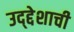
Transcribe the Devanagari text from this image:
उद्द्देशाची